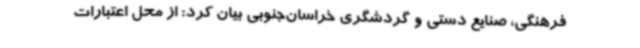
فرهنگی، صنایع دستی و گردشگری خراسان‌جنوبی بیان کرد: از محل اعتبارات